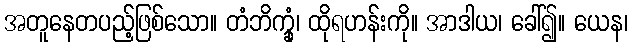
အတူနေတပည့်ဖြစ်သော။ တံဘိက္ခုံ၊ ထိုရဟန်းကို။ အာဒါယ၊ ခေါ်၍။ ယေန၊